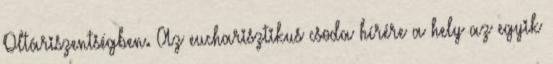
Oltáriszentségben. Az eucharisztikus csoda hírére a hely az egyik